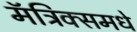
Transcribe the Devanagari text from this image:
मॅट्रिक्समधे